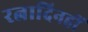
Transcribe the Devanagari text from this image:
रत्नादिनहीं